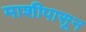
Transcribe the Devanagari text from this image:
माशीपासून